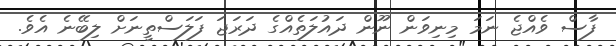
ފާސް ވެއްޖެ ނަމަ މިނިވަން ނޫން ދައުލަތެއްގެ ދަރަޖަ ފަލަސްތީނަށް ލިބޭނެ އެވެ.